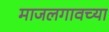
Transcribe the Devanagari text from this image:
माजलगावच्या